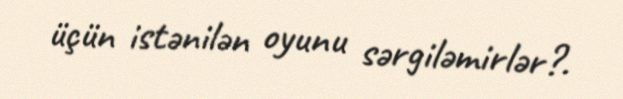
üçün istənilən oyunu sərgiləmirlər?.